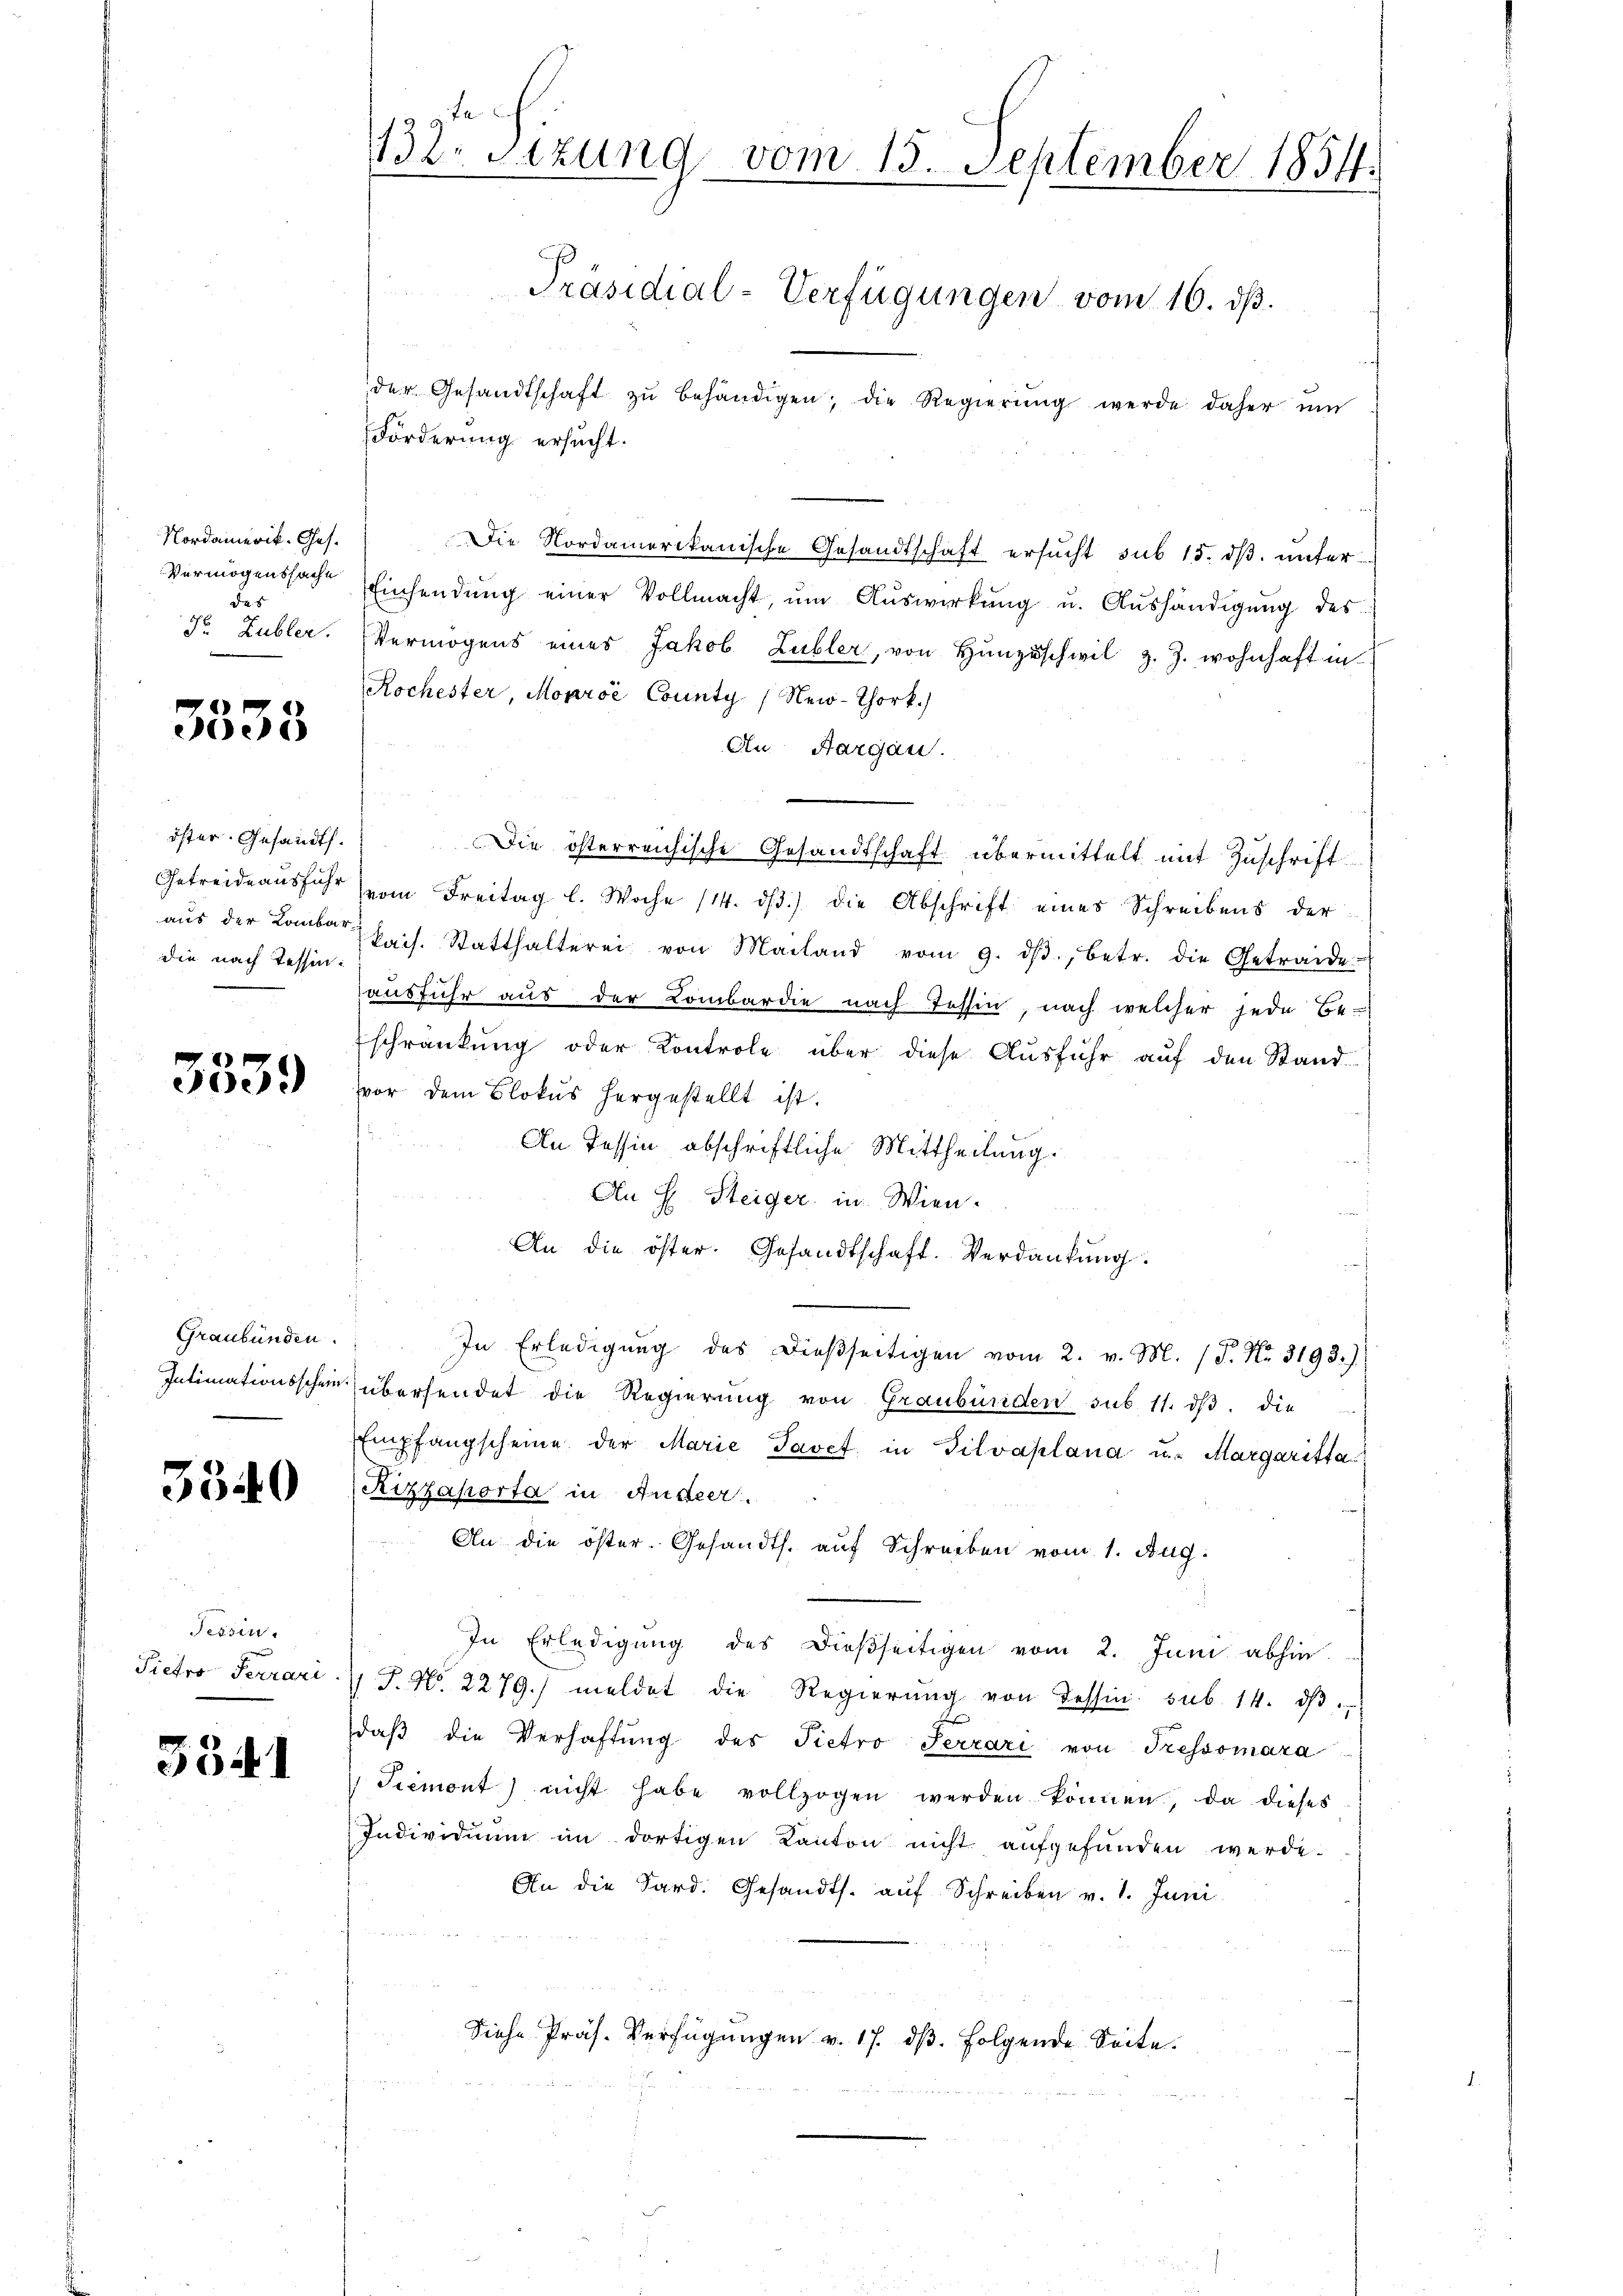
Nordamerik. Ges.
Vermögenssache
das
Fr. Lubler.

3558

öster. Gesandts.
Getreide ausführ
aus der Lombar-
die nach Tessin.

3339

Graubünden.
Intimationsschein.

3340

Tessin
Pietro Terrari

3341

132. Sitzung vom 15. September 1854
Präsidial-Verfügungen vom 16. dß.
der Gesandtschaft zŭ behändigen; die Regierŭng werde daher um

Förderung ersucht.
Die Nordamerikanische Gesandtschaft ersŭcht sub 15. dβ. unter
Einsendŭng einer Vollmacht, ŭm Aŭswirkung u. Aushändigung des
Vermögens eines Jakob Lubler, von Hŭnzŭschwil z. Z. wohnhaft in
Kochester, Moaroć County New-Chork.)
An Aargau.
Die österreichische Gesandtschaft übermittelt mit Zuschrift
vom Freitag l. Woche (14. dβ.) die Abschrift eines Schreibens der
kais. Statthalterei von Mailand vom 9. dβ., betr. die Getraide
ausfuhr aus der Lombardie nach Tessin, nach welcher jede Be-
schränkung oder Kontrole über diese Ausführ aŭf den Stand-
vor dem Blokus hergestellt ist.
An Tessin abschriftliche Mittheilung.
An H Steiger in Wien.
An die öster. Gesandtschaft. Verdankung.
In Erledigung des dießseitigen vom 2. v. M. (S. Nr. 3193.)
übersendet die Regierung von Graubüriden sub. 11. dβ. die
Empfangscheine der Marie Javef in Silvaplana u. Margaritta
Kizzaporta in Andeer.
An die öster-Gesandts. auf Schreiben vom 1. Aug.
In Erledigung des dießseitigen vom 2. Juni abhin
/F. No. 2279. meldet die Regierŭng von Tessin. sub. 14. dβ
daß die Verhaftung des Pietro Terrari von Tressomara
Siemont) nicht habe vollzogen werden können, da dieses
Individuum im dortigen Kanton nicht aufgefunden werde.
An die Sard. Gesandts. aŭf Schreiben v. 1. Juni
Siehe Präs. Verfügungen v. 17. dβ. folgende Seite.